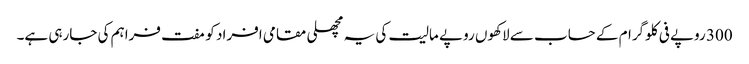
300 روپے فی کلوگرام کے حساب سے لاکھوں روپے مالیت کی یہ مچھلی مقامی افراد کو مفت فراہم کی جارہی ہے۔